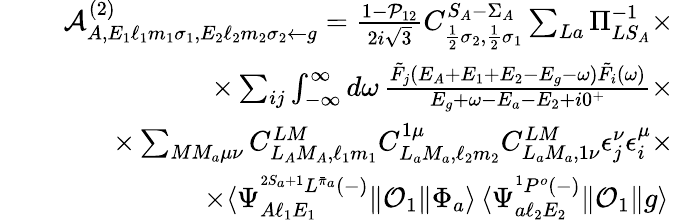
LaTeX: \begin{array}{rlr}&{}&{\mathcal{A}_{A,E_{1}\ell_{1}m_{1}\sigma_{1},E_{2}\ell_{2}m_{2}\sigma_{2}\gets g}^{(2)}=\frac{1-\mathcal{P}_{12}}{2i\sqrt{3}}C_{\frac{1}{2}\sigma_{2},\frac{1}{2}\sigma_{1}}^{S_{A}-\Sigma_{A}}\sum_{La}\Pi_{LS_{A}}^{-1}\times}\\ &{}&{\qquad\times\sum_{ij}\int_{-\infty}^{\infty}d\omega\, \frac{\tilde{F}_{j}(E_{A}+E_{1}+E_{2}-E_{g}-\omega)\tilde{F}_{i}(\omega)}{E_{g}+\omega-E_{a}-E_{2}+i0^{+}}\times}\\ &{}&{\qquad\times\sum_{MM_{a}\mu\nu}C_{L_{A}M_{A},\ell_{1}m_{1}}^{LM}C_{L_{a}M_{a},\ell_{2}m_{2}}^{1\mu}C_{L_{a}M_{a},1\nu}^{LM}\epsilon_{j}^{\nu}\epsilon_{i}^{\mu}\times}\\ &{}&{\qquad\times\langle\Psi_{A\ell_{1}E_{1}}^{^{2S_{a}+1}L^{\bar{\pi}_{a}}(-)}\| \mathcal{O}_{1}\| \Phi_{a}\rangle\, \langle\Psi_{a\ell_{2}E_{2}}^{{^1P^{o}}(-)}\| \mathcal{O}_{1}\| g\rangle\, }\end{array}